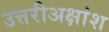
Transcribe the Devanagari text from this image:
उत्तरीअक्षांश